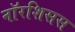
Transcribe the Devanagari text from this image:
नॉरशिसस